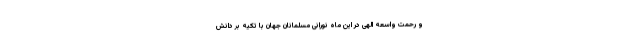
و رحمت واسعه الهی در این ماه نورانی مسلمانان جهان با تکیه بر دانش